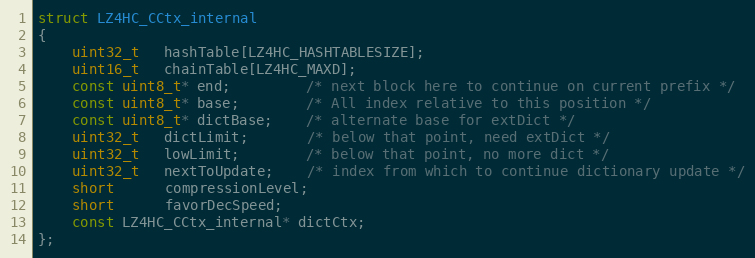
Language: C
struct LZ4HC_CCtx_internal
{
    uint32_t   hashTable[LZ4HC_HASHTABLESIZE];
    uint16_t   chainTable[LZ4HC_MAXD];
    const uint8_t* end;         /* next block here to continue on current prefix */
    const uint8_t* base;        /* All index relative to this position */
    const uint8_t* dictBase;    /* alternate base for extDict */
    uint32_t   dictLimit;       /* below that point, need extDict */
    uint32_t   lowLimit;        /* below that point, no more dict */
    uint32_t   nextToUpdate;    /* index from which to continue dictionary update */
    short      compressionLevel;
    short      favorDecSpeed;
    const LZ4HC_CCtx_internal* dictCtx;
};